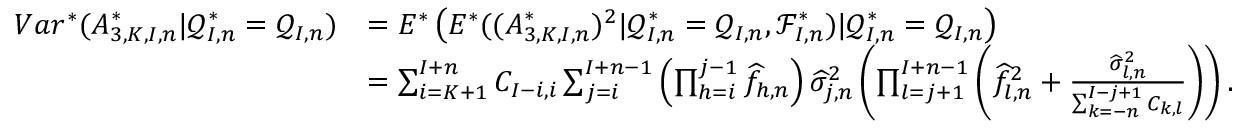
\begin{array} { r l } { V a r ^ { * } ( A _ { 3 , K , I , n } ^ { * } | \mathcal { Q } _ { I , n } ^ { * } = \mathcal { Q } _ { I , n } ) } & { = E ^ { * } \left( E ^ { * } ( ( A _ { 3 , K , I , n } ^ { * } ) ^ { 2 } | \mathcal { Q } _ { I , n } ^ { * } = \mathcal { Q } _ { I , n } , \mathcal { F } _ { I , n } ^ { * } ) | \mathcal { Q } _ { I , n } ^ { * } = \mathcal { Q } _ { I , n } \right) } \\ & { = \sum _ { i = K + 1 } ^ { I + n } C _ { I - i , i } \sum _ { j = i } ^ { I + n - 1 } \left( \prod _ { h = i } ^ { j - 1 } \widehat f _ { h , n } \right) \widehat \sigma _ { j , n } ^ { 2 } \left( \prod _ { l = j + 1 } ^ { I + n - 1 } \left( \widehat f _ { l , n } ^ { 2 } + \frac { \widehat \sigma _ { l , n } ^ { 2 } } { \sum _ { k = - n } ^ { I - j + 1 } C _ { k , l } } \right) \right) . } \end{array}